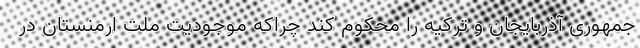
جمهوری آذربایجان و ترکیه را محکوم کند چراکه موجودیت ملت ارمنستان در